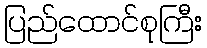
ပြည်ထောင်စုကြီး